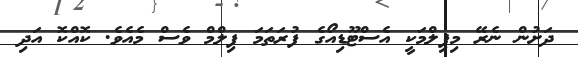
ދަށުން ނެރޭ މިފިލްމަކީ އެސްޓޫޑިއޯގެ ފުރަތަމަ ފިލްމް ވެސް މެއެވެ. ކޮއްކޮ އަދި